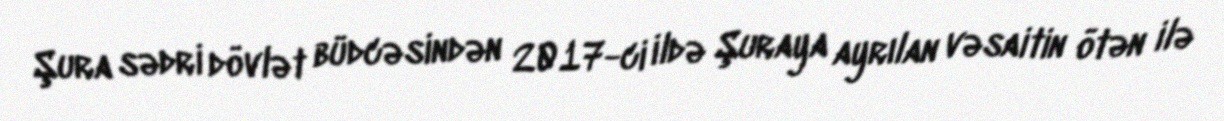
Şura sədri dövlət büdcəsindən 2017-ci ildə Şuraya ayrılan vəsaitin ötən ilə